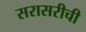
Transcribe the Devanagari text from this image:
सरासरीची